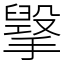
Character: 㩓